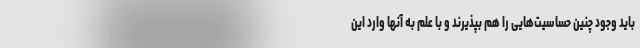
باید وجود چنین حساسیت‌هایی را هم بپذیرند و با علم به آنها وارد این